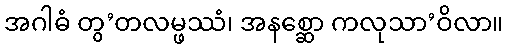
အဂါဓံ တွ’တလမ္ဖဿံ၊ အနစ္ဆော ကလုသာ’ဝိလာ။